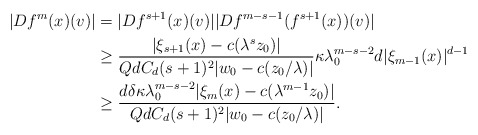
\begin{align*}|Df^{m}(x)(v)|&=|Df^{s+1}(x)(v)||Df^{m-s-1}(f^{s+1}(x))(v)| \\&\geq \frac{|\xi_{s+1}(x)-c(\lambda^{s}z_0)|}{QdC_d (s+1)^2 |w_0-c(z_{0}/\lambda)| } \kappa \lambda_0^{m-s-2} d|\xi_{m-1}(x)|^{d-1} \\&\geq \frac{d\delta \kappa \lambda_0^{m-s-2} |\xi_{m}(x)-c(\lambda^{m-1}z_0)|}{QdC_d (s+1)^2 |w_0-c(z_{0}/\lambda)| }.\end{align*}